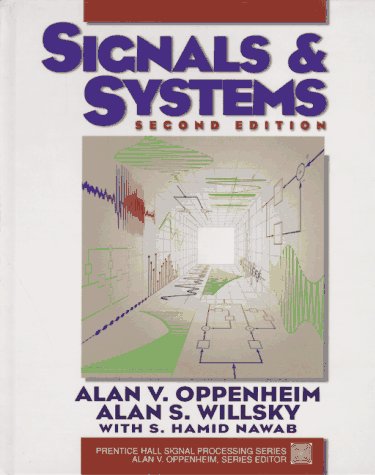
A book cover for Signals and Systems (2nd Edition); Alan V. Oppenheim; Engineering & Transportation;